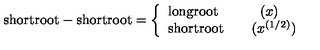
\mathrm { s h o r t r o o t } - \mathrm { s h o r t r o o t } = \left\{ \begin{array} { l } { \mathrm { l o n g r o o t } \qquad \quad ( x ) } \\ { \mathrm { s h o r t r o o t } \qquad ( x ^ { ( 1 / 2 ) } ) } \\ \end{array} \right.